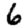
Digit: 6